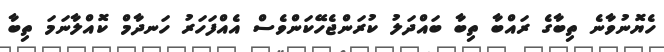
ހެޔޮނުވާނެ ތިބާގެ ރައްބާ ތިބާ ބައްދަލު ކުރަންޖެހޭކަންވެސް އެއްފަހަރު ހަނދާމް ކޮއްލާނަމަ ތިބާ